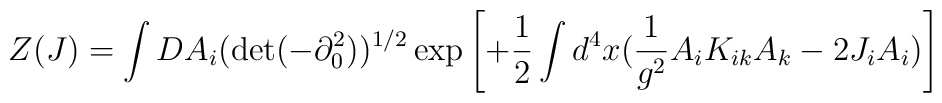
Z(J)= \int DA_i (\det(-\partial^2_0))^{1/2}\exp \left[+\frac{1}{2} \int d^4 x( \frac{1}{g^2} A_i K_{ik} A_k - 2J_i A_i) \right]